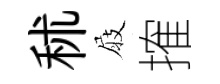
秫屐搉